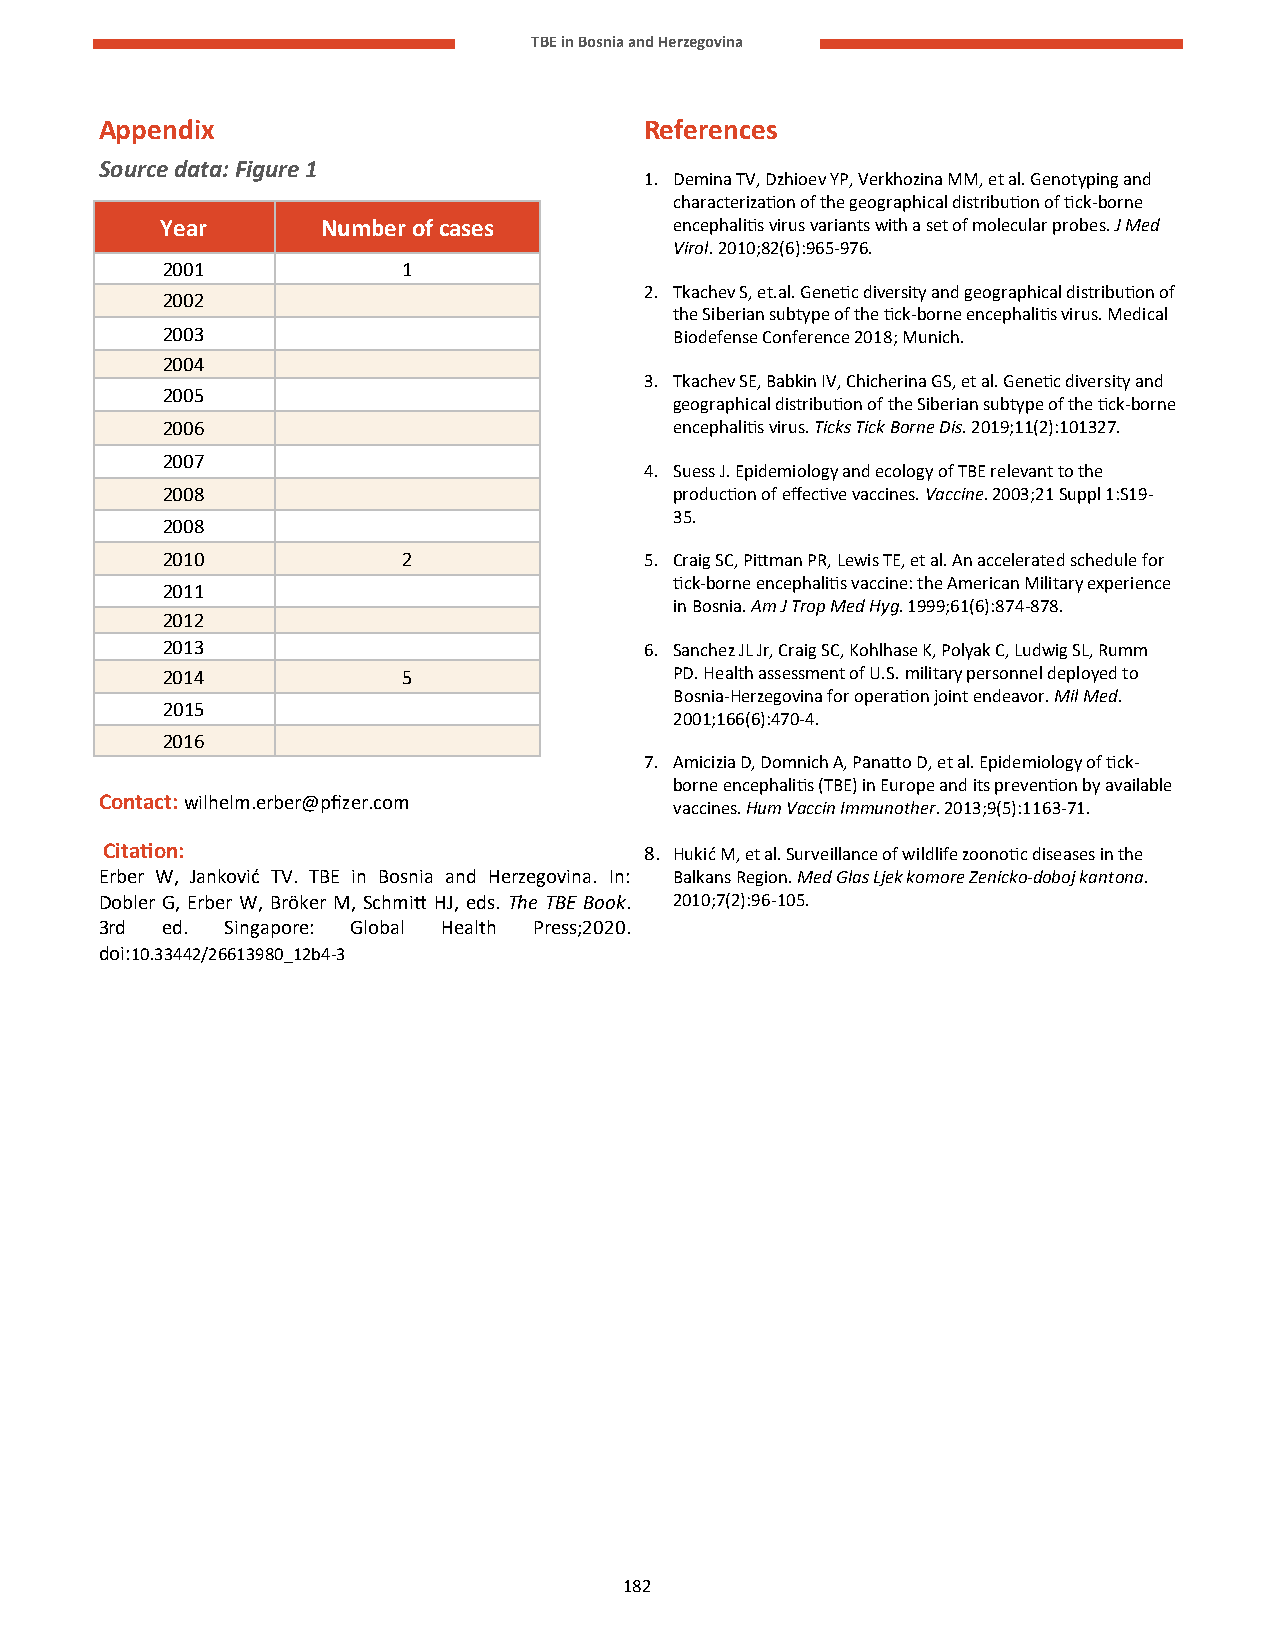
TBE in Bosnia and Herzegovina
 Appendix                            References
 Source data: Figure 1
 1. Demina TV, Dzhioev YP, Verkhozina MM, et al. Genotyping and
 characterization of the geographical distribution of tick-borne
 Year      Number of cases         encephalitis virus variants with a set of molecular probes. J Med
 Virol. 2010;82(6):965-976.
 2001            1
 2. Tkachev S, et.al. Genetic diversity and geographical distribution of
 2002
 the Siberian subtype of the tick-borne encephalitis virus. Medical
 2003                              Biodefense Conference 2018; Munich.
 2004
 3. Tkachev SE, Babkin IV, Chicherina GS, et al. Genetic diversity and
 2005
 geographical distribution of the Siberian subtype of the tick-borne
 2006                              encephalitis virus. Ticks Tick Borne Dis. 2019;11(2):101327.
 2007
 4. Suess J. Epidemiology and ecology of TBE relevant to the
 2008                              production of effective vaccines. Vaccine. 2003;21 Suppl 1:S19-
 35.
 2008
 2010            2               5. Craig SC, Pittman PR, Lewis TE, et al. An accelerated schedule for
 tick-borne encephalitis vaccine: the American Military experience
 2011
 in Bosnia. Am J Trop Med Hyg. 1999;61(6):874-878.
 2012
 2013                            6. Sanchez JL Jr, Craig SC, Kohlhase K, Polyak C, Ludwig SL, Rumm
 2014            5                 PD. Health assessment of U.S. military personnel deployed to
 Bosnia-Herzegovina for operation joint endeavor. Mil Med.
 2015
 2001;166(6):470-4.
 2016
 7. Amicizia D, Domnich A, Panatto D, et al. Epidemiology of tick-
 borne encephalitis (TBE) in Europe and its prevention by available
 Contact: wilhelm.erber@pfizer.com
 vaccines. Hum Vaccin Immunother. 2013;9(5):1163-71.
 Citation:                           8. Hukić M, et al. Surveillance of wildlife zoonotic diseases in the
 Erber W, Janković TV. TBE in Bosnia and Herzegovina. In: Balkans Region. Med Glas Ljek komore Zenicko-doboj kantona.
 Dobler G, Erber W, Bröker M, Schmitt HJ, eds. The TBE Book. 2010;7(2):96-105.
 3rd ed. Singapore: Global Health Press;2020.
 doi:10.33442/26613980_12b4-3
 182